Civil Veterinary Dept. Assam report 1911-1927 - 1911-1927
Year: 1911
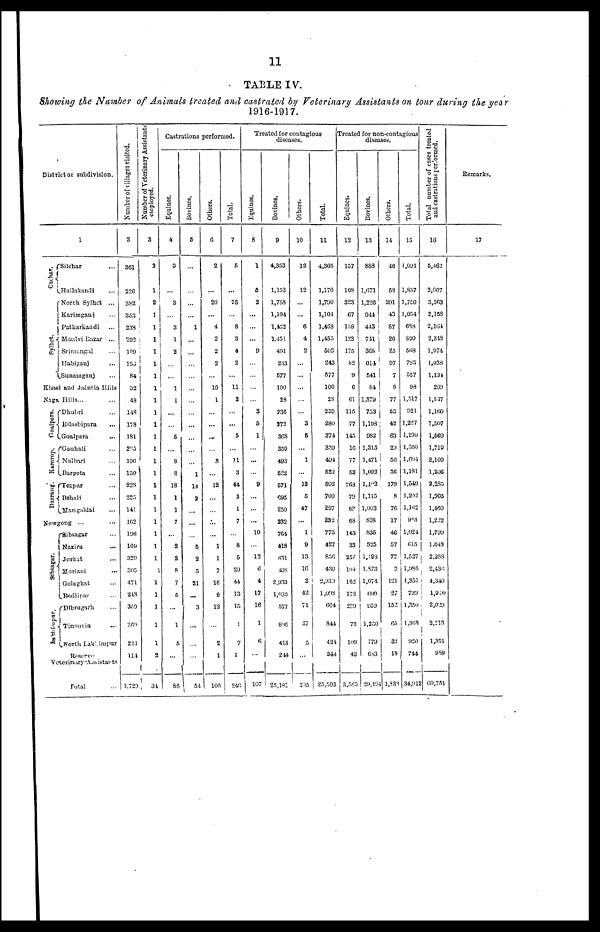
11
TABLE IV.
Showing the Number of Animals treated and castrated by Veterinary Assistants on tour during the year
1916-1917.
District or subdivision.
Cachar.
Pylhet.
1
Silchar ...
Hailakandi
North Sylhet
...
Karimganj ...
Patharkandi ...
Maulvi Bazar ...
Srimangal ...
Habiganj ...
Sunamganj ...
Khasi and Jaintia
Hills
Naga Hills ... ...
Goalpara.
Kamrup.
Darrang.
Dhubri ...
Bilashipara ...
Goalpara ...
Gauhati ...
Nalbari ...
Barpeta ...
Tezpur ...
Dehali ...
Mangaldai ...
Nowgong
... ...
Sibsagar.
Inasimpur.
Sibsagar ...
Nazira ...
Jorhat ...
Moriani ...
Golaghat ...
... Dibrugarh ...
Tinsusia ...
North Lakhimpur
Reserve
Veterinary Assistants.
Total ...
Number of villages visited.
2
361
226
382
353
239
202
109
155
84
32
18
148
178
181
295
190
150
228
225
141
162
196
109
329
305
471
248
359
260
244
114
3,729
Number of Veterinary Assistants
employed.
3
2
1
2
1
1
1
1
2
1
34
Castrations performed.
Equities.
4
3
3
3
1
2
...
1
1
6
8
2
18
1
1
7
2
2
8
7
5
1
5
86
Bovines.
6
1
...
1
14
2
5
2
5
21
3
Others.
6
2
20
4
2
2
2
10
1
...
3
12
1
1
7
16
8
12
2
1
106
Total.
7
5
28
8
8
4
2
11
2
5
11
3
14
3
1
7
8
5
20
44
13
15
1
7
1
246
Treated for contagious
diseases.
Equines.
8
1
6
2
9
...
...
3
5
1
...
9
10
12
6
4
17
16
1
6
107
Bovincs.
9
4,353
1,153
1,788
1,104
1,402
1,45!
491
213
577
100
28
236
372
808
359
493
622
571
695
250
232
701
418
831
408
2,933
1,039
577
806
413
244
25,181
Others.
10
12
12
6
4
2
3
5
1
12
5
47
1
9
13
10
2
42
71
37
5
305
Total.
11
4,366
1,170
1,790
1,104
1,468
1,455
502
243
577
100
28
239
280
374
339
494
522
502
700
207
232
775
427
856
430
2,939
1,098
004
844
424
244
25,503
Treated for non-contagious
diseases.
Equines.
12
157
108
323
07
108
123
175
82
9
0
61
115
77
145
16
77
53
268
79
83
68
143
33
257
104
162
172
239
73
100
43
3,585
Bovines.
13
883
1,071
1,226
944
443
711
3G5
011
541
84
1,379
753
1,108
982
1,315
1,471
1,002
1,102
1,115
1,003
898
S35
525
1,198
1,873
1,074
600
9509
1,230
770
0S3
29,494
Others.
14
46
58
201
43
87
26
25
97
7
8
77
63
42
63
29
56
36
179
8
70
17
46
57
72
0
121
27
152
65
32
18
1,833
Total.
15
1,091
1,837
1,750
1,054
688
890
568
793
557
98
1,517
921
1,227
1,190
1,360
1,604
1,181
1,549
1,202
1,102
983
1,024
615
1,527
1,980
1,357
799
1,350
1,308
920
744
34,912
Total number of cases treated
and castrations performed.
16
5,462
3,007
3,563
2,158
2,164
2,348
1,074
1,038
1,134
209
1,617
1,100
1,507
1,569
1,710
2,109
1,206
2,285
1,905
1,460
1,222
1,799
1,048
2,388
2,436
4,340
1,040
2,029
2,213
1,351
»S9
00,751
Remarks.
17